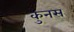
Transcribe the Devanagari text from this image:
कुनस